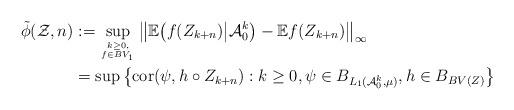
LaTeX: \begin{align*}\tilde \phi(\mathcal Z, n)&:= \sup_{k\geq 0, \atop f \in BV_1} \big\| \mathbb{E} \bigl( f(Z_{k+n} )\big| \mathcal A_0^k \big) - \mathbb{E} f(Z_{k+n}) \big\|_{\infty} \\ &= \sup \big \{ \mathrm{cor}(\psi, h \circ Z_{k+n}) : k \geq 0, \psi \in B_{L_1(\mathcal A_0^k, \mu)}, h \in B_{BV(Z)} \bigr\}\end{align*}